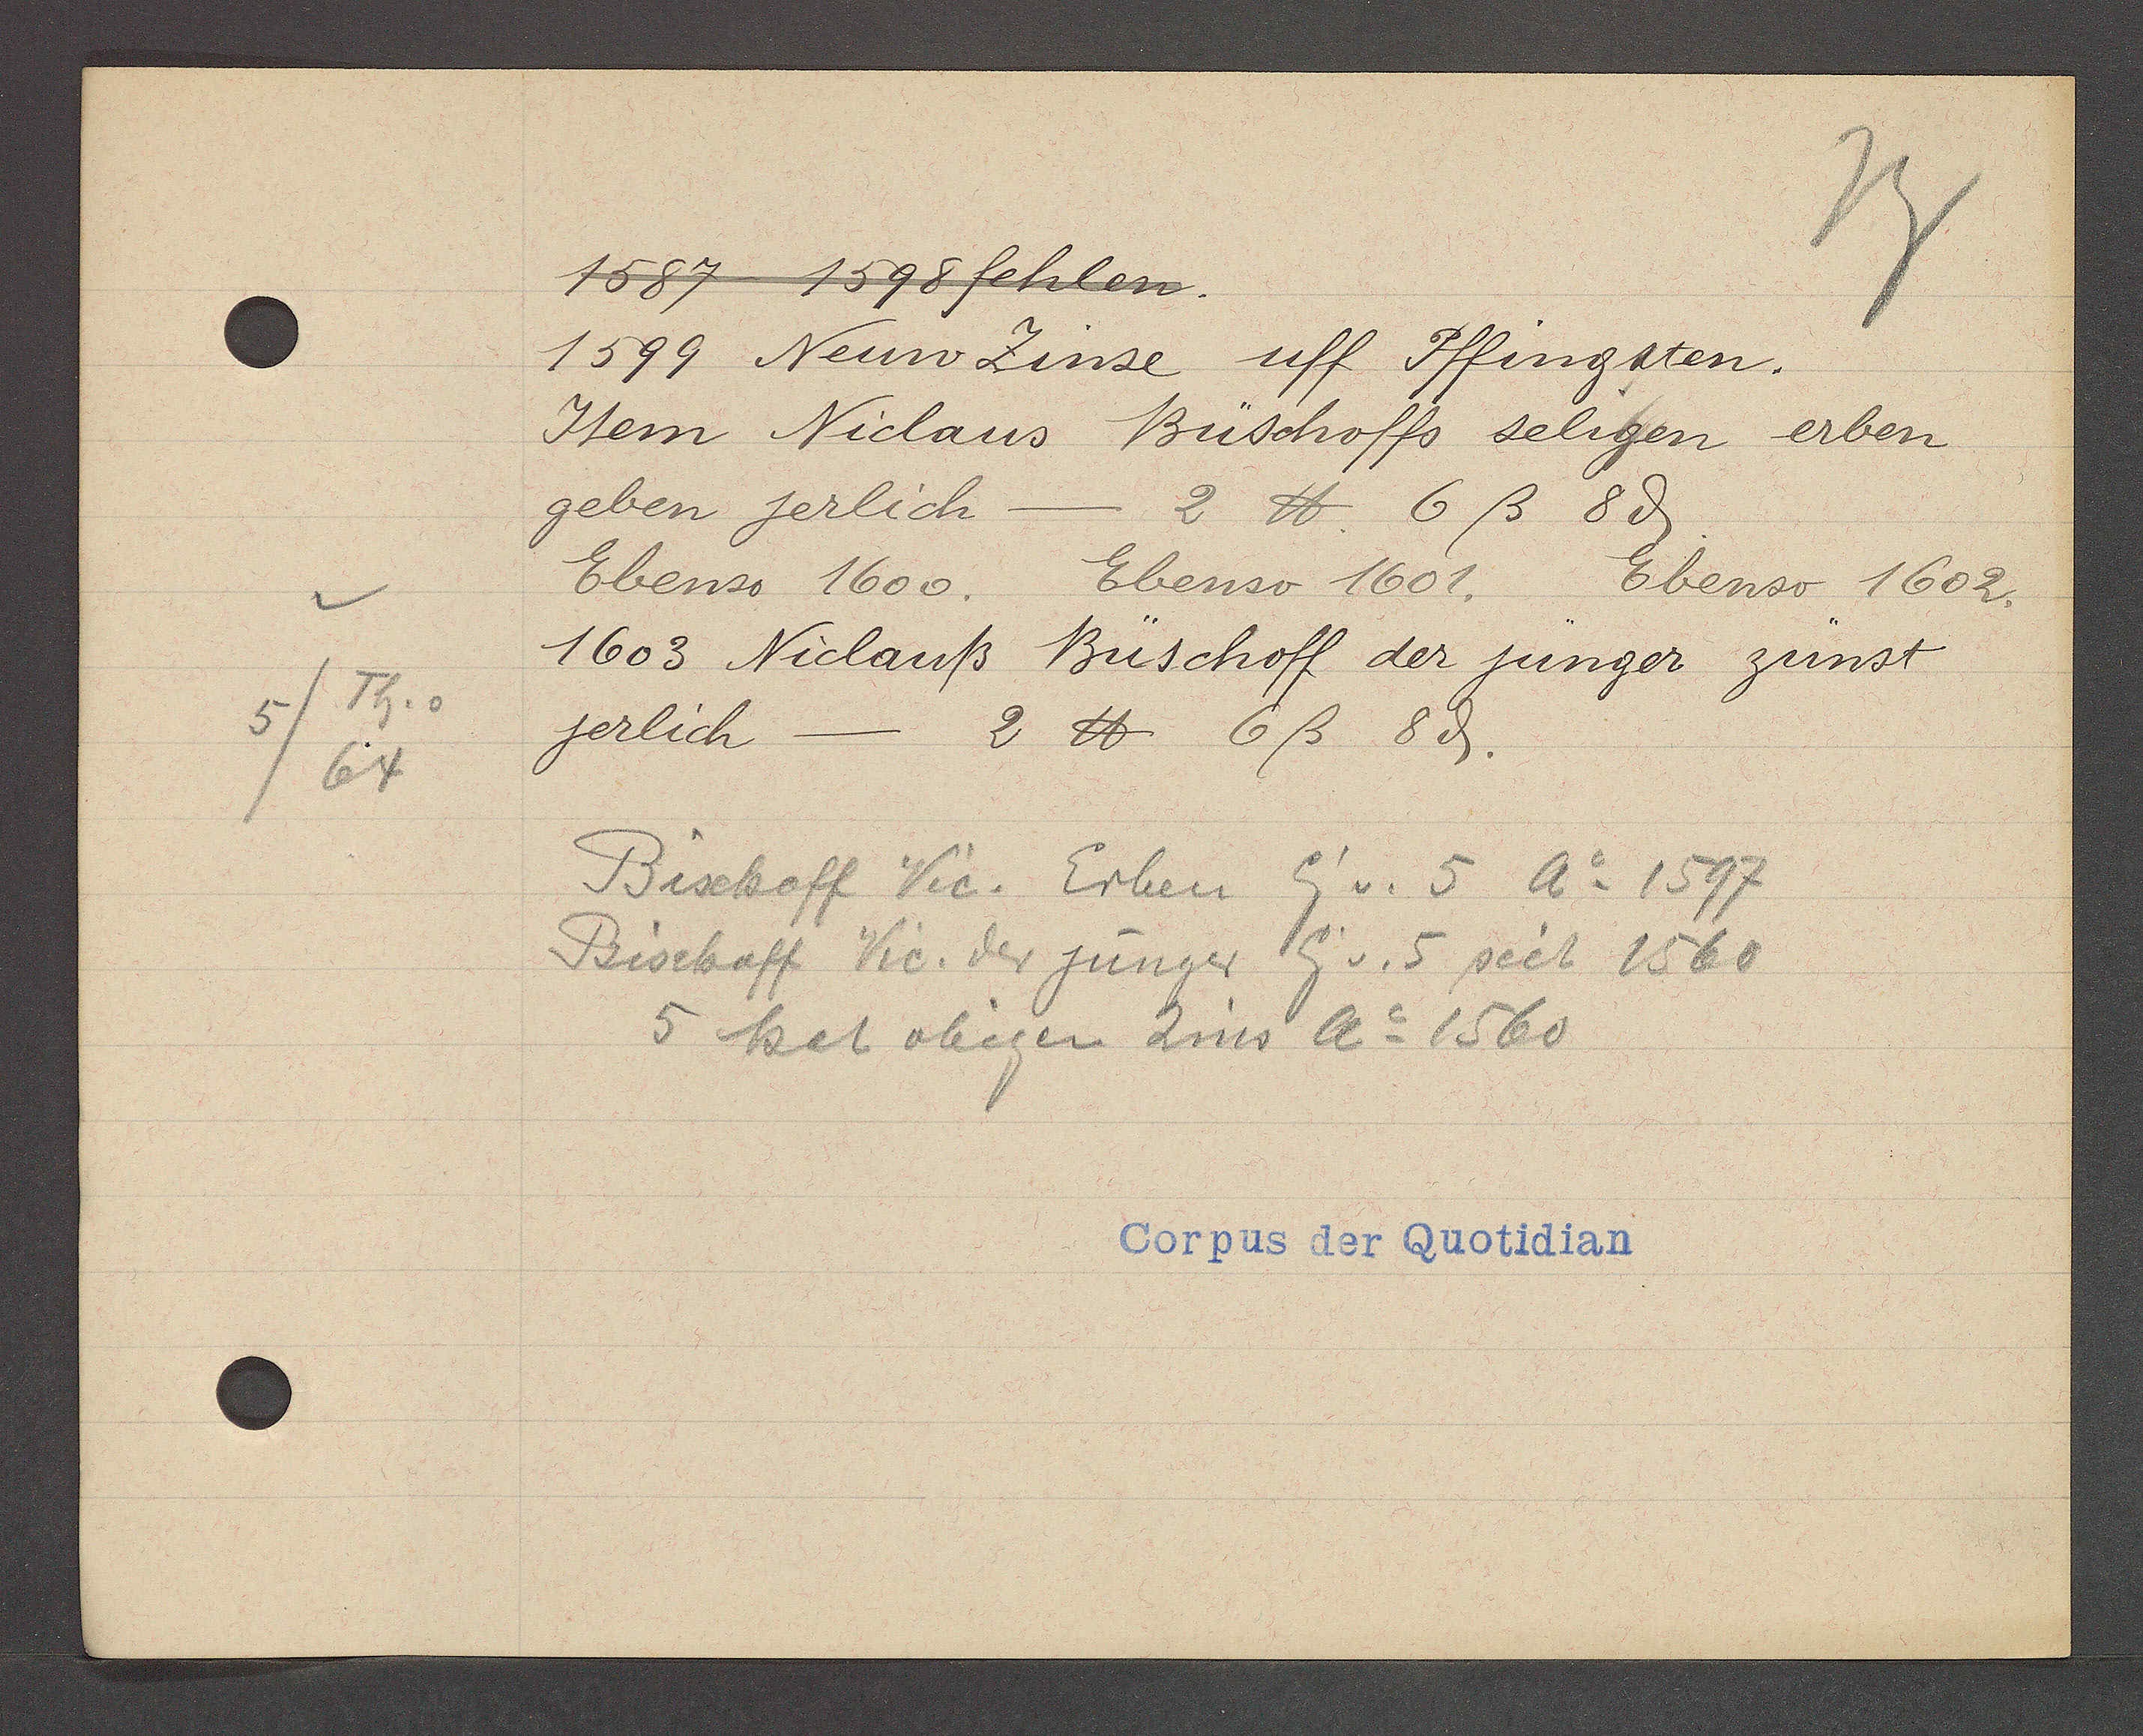
Transcript:
5/Th. v
64

1587 1598 fehlen.

1599 Neuw Zinse uff Pffingsten.
Item Niclaus Büschoffs seligen erben
geben jerlich - 2 ℔ 6ß 8ȡ.
Ebenso 1600. Ebenso 1601.
Ebenso 1602.
1603 Niclauß Büschoff der jünger zünst
jerlich
2 ℔ 6ß 8ȡ.

Bischoff Vic. Erben Eig v. 5 Ao 1597
Bischoff Vic. der jünger Eig v. 5 seit 1560
5 hat obigen Zins Ao 1560

Corpus der Quotidian